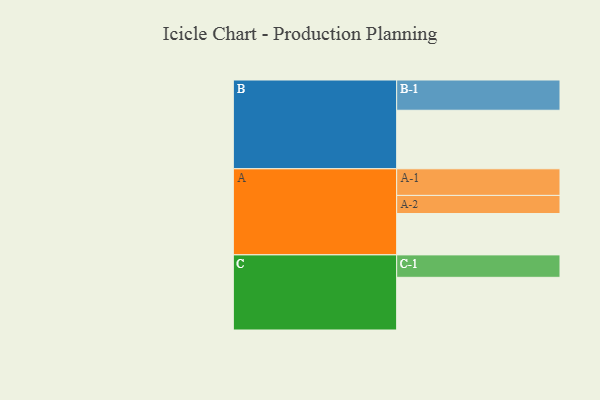
{"axis": {"x": "Segment", "y": "Value"}, "legend": ["", "A", "B", "C"], "data": [{"x": "A", "y": 354, "type": ""}, {"x": "B", "y": 501, "type": ""}, {"x": "C", "y": 451, "type": ""}, {"x": "A-1", "y": 228, "type": "A"}, {"x": "A-2", "y": 155, "type": "A"}, {"x": "B-1", "y": 259, "type": "B"}, {"x": "C-1", "y": 192, "type": "C"}]}